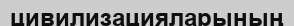
цивилизацияларының